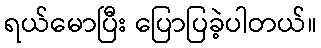
ရယ်မောပြီး ပြောပြခဲ့ပါတယ်။